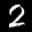
Label: 2